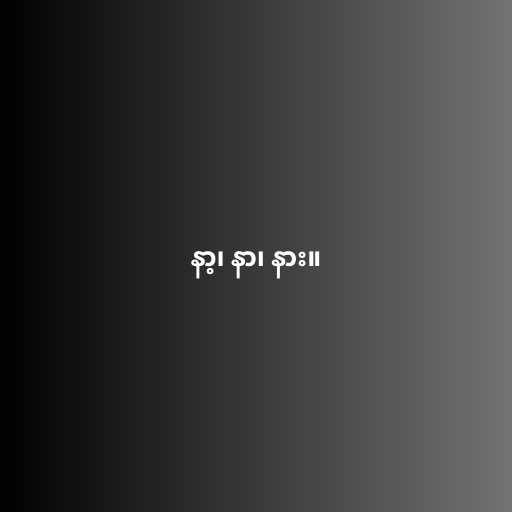
နာ့၊ နာ၊ နား။